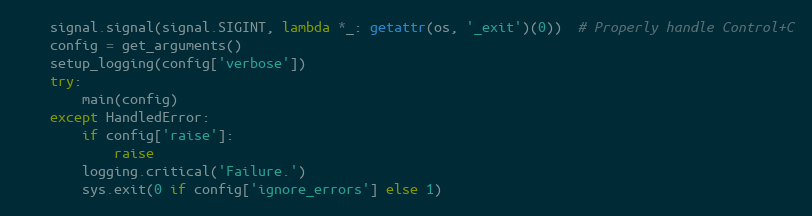
Language: Python
    signal.signal(signal.SIGINT, lambda *_: getattr(os, '_exit')(0))  # Properly handle Control+C
    config = get_arguments()
    setup_logging(config['verbose'])
    try:
        main(config)
    except HandledError:
        if config['raise']:
            raise
        logging.critical('Failure.')
        sys.exit(0 if config['ignore_errors'] else 1)